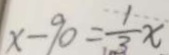
x - 9 0 = \frac { 1 } { 3 } x